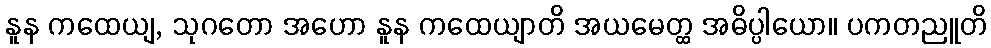
နူန ကထေယျ, သုဂတော အဟော နူန ကထေယျာတိ အယမေတ္ထ အဓိပ္ပါယော။ ပကတညူတိ